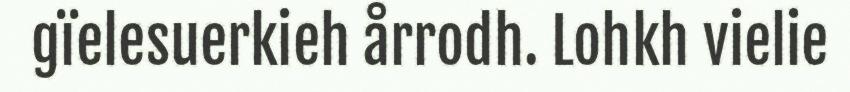
gïelesuerkieh årrodh. Lohkh vielie